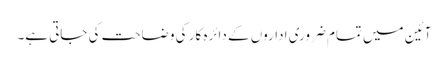
آئین میں تمام ضروری اداروں کے دائرہ کار کی وضاحت کی جاتی ہے۔